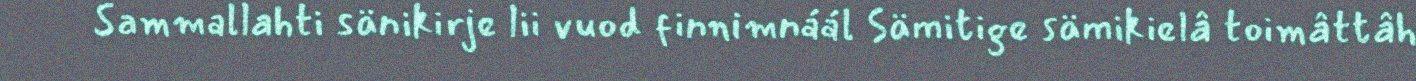
Sammallahti sänikirje lii vuod finnimnáál Sämitige sämikielâ toimâttâh